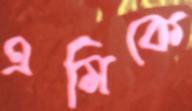
এমিকে